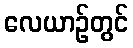
လေယာဉ်တွင်